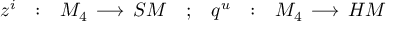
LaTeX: \begin{array} { c c c c c c c } { { z ^ { i } } } & { { : } } & { { M _ { 4 } \, \longrightarrow \, { \cal S M } } } & { { ; } } & { { q ^ { u } } } & { { : } } & { { M _ { 4 } \, \longrightarrow \, { \cal H M } } } \end{array}